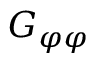
G _ { \varphi \varphi }